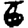
Digit: 6